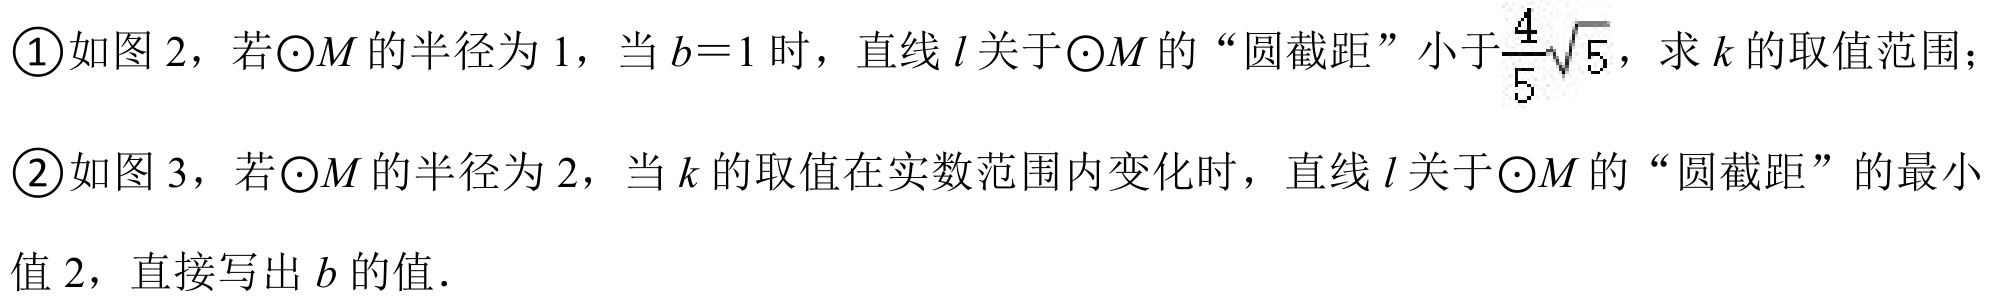
\textcircled{1}如图 2，若\(\odot M\)的半径为\(1\)，当\(b = 1\)时，直线\(l\)关于\(\odot M\)的“圆截距”小于\(\frac{4}{5}\sqrt{5}\)，求\(k\)的取值范围；
\textcircled{2}如图 3，若\(\odot M\)的半径为\(2\)，当\(k\)的取值在实数范围内变化时，直线\(l\)关于\(\odot M\)的“圆截距”的最小
值\(2\)，直接写出\(b\)的值．